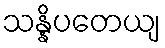
သန္နိပတေယျ